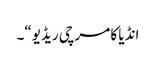
انڈیا کا مرچی ریڈیو“۔